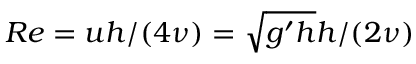
R e = u h / ( 4 \nu ) = \sqrt { g ^ { \prime } h } h / ( 2 \nu )